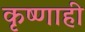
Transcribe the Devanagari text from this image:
कृष्णाही